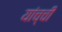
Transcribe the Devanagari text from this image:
यांच्ची